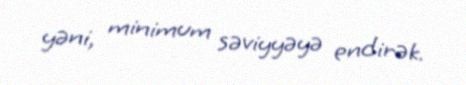
yəni, minimum səviyyəyə endirək.